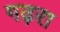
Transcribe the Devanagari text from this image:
गढ़रा